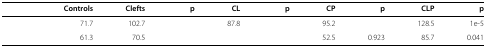
<table><thead><tr><td>[EMPTY_CELL]</td><td><b>Controls</b></td><td><b>Clefts</b></td><td><b>p</b></td><td><b>CL</b></td><td><b>p</b></td><td><b>CP</b></td><td><b>p</b></td><td><b>CLP</b></td><td><b>p</b></td></tr></thead><tbody><tr><td>[EMPTY_CELL]</td><td>71.7</td><td>102.7</td><td>[EMPTY_CELL]</td><td>87.8</td><td>[EMPTY_CELL]</td><td>95.2</td><td>[EMPTY_CELL]</td><td>128.5</td><td>1e-5</td></tr><tr><td>[EMPTY_CELL]</td><td>61.3</td><td>70.5</td><td>[EMPTY_CELL]</td><td>[EMPTY_CELL]</td><td>[EMPTY_CELL]</td><td>52.5</td><td>0.923</td><td>85.7</td><td>0.041</td></tr></tbody></table>